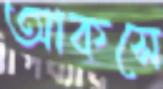
আকসে